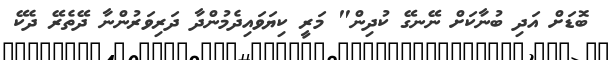
ބޮޑަށް އަދި ބުނާކަށް ނޭނގޭ ކުދިން" މަރީ ކިޔަވައިދެެމުންދާ ދަރިވަރުންނާ ދޭތެރޭ ދެކޭ